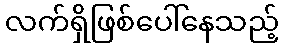
လက်ရှိဖြစ်ပေါ်နေသည့်